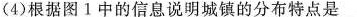
(4)根据图1中的信息说明城镇的分布特点是